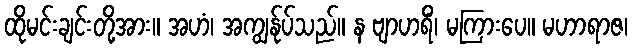
ထိုမင်းချင်းတို့အား။ အဟံ၊ အကျွန်ုပ်သည်။ န ဗျာဟရိံ၊ မကြားပေ။ မဟာရာဇ၊